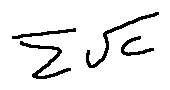
\sum \sqrt { C }